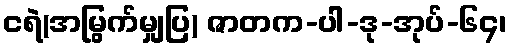
ငရဲ(အမြွက်မျှပြ) ဇာတက-ပါ-ဒု-အုပ်-၆၄၊